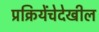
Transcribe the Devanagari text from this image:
प्रक्रियेंचेदेखील